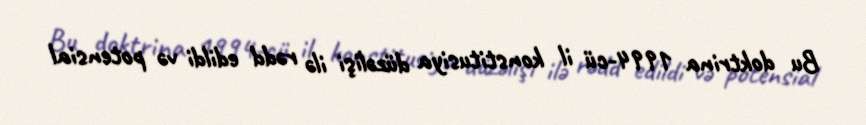
Bu doktrina 1994-cü il konstitusiya düzəlişi ilə rədd edildi və potensial